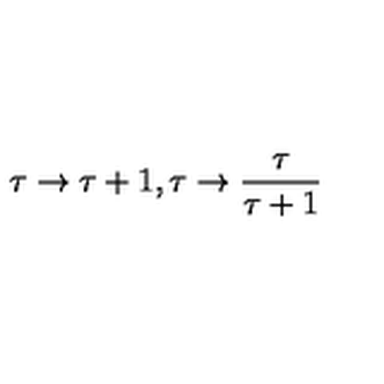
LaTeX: \tau \rightarrow \tau + 1 , \tau \rightarrow \frac { \tau } { \tau + 1 }